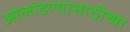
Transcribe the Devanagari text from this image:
ओलांडण्यासाठीच्या